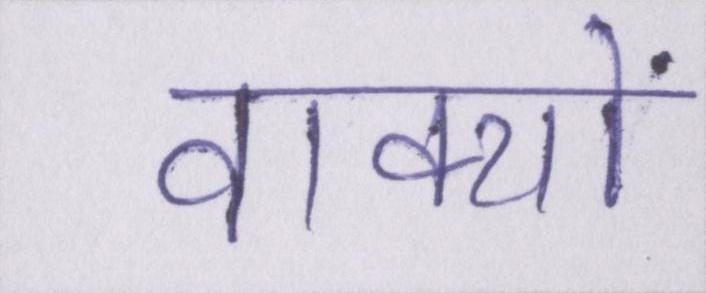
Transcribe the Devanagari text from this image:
वाक्यों